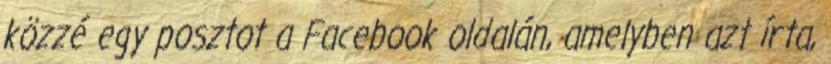
közzé egy posztot a Facebook oldalán, amelyben azt írta,